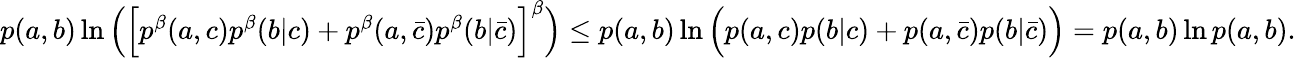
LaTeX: \begin{array}{r}{p(a,b)\ln\Big(\Big[p^{\beta}(a,c)p^{\beta}(b|c)+p^{\beta}(a,\bar{c})p^{\beta}(b|\bar{c})\Big]^{\beta}\Big)\leq p(a,b)\ln\Big(p(a,c)p(b|c)+p(a,\bar{c})p(b|\bar{c})\Big)=p(a,b)\ln p(a,b).}\end{array}